Indian journal of veterinary science and animal husbandry - Volume 8,
Year: 1938
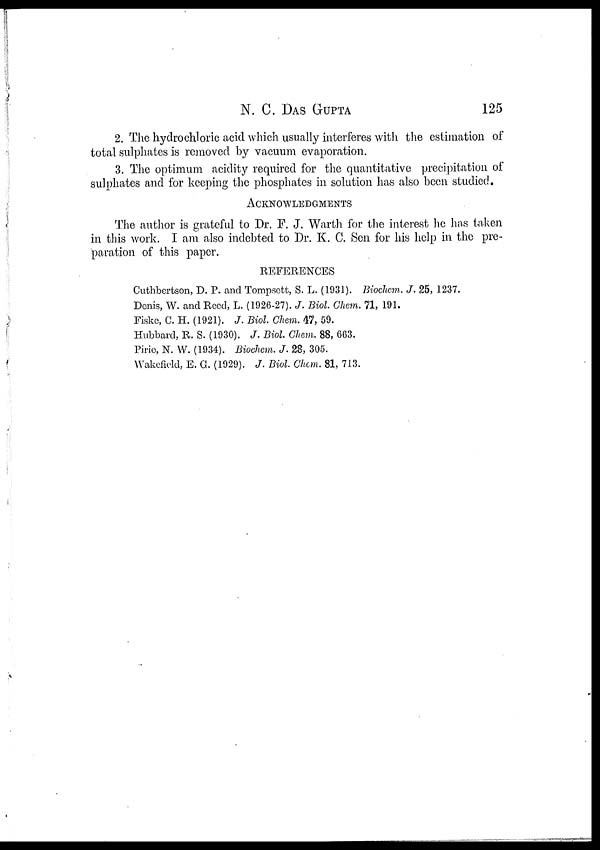
N. C.
DAS
GUPTA
125
2. The hydrochloric acid which usually interferes with the estimation of
total sulphates is removed by vacuum evaporation.
3. The optimum acidity required for the quantitative precipitation of
sulphates and for keeping the phosphates in solution has also been studied.
ACKNOWLEDGMENTS
The author is grateful to Dr. F. J. Warth for the interest he has taken
in this work. I am also indebted to Dr. K. C. Sen for his help in the pre-
paration of this paper.
REFERENCES
Cuthbertson, D. P. and Tompsett, S. L. (1931). Biochem. J. 25, 1237.
Denis, W. and Reed, L. (1926-27). J. Biol. Chem. 71, 191.
Fiske, C. H. (1921). J. Biol. Chem. 47, 59.
Hubbard, R. S. (1930). J. Biol Chem. 88, 663.
Pirie, N. W. (1934). Biochem. J. 28, 305.
Wakefield, E. G. (1929). J. Biol. Chem. 81, 713.